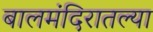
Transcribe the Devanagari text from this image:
बालमंदिरातल्या